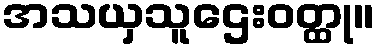
အသယှသူဌေးဝတ္ထု။